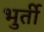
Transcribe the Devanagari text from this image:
भुर्ती